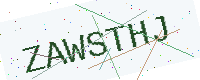
Text: ZAWSTHJ